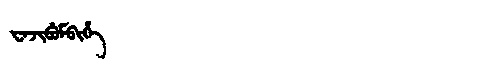
Manchu: ᠸᠠᠵᡳᠪᡠᠮᠪᡳᡥᡝ
Romanization: WAJIBUMBIHE